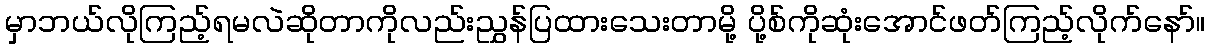
မှာဘယ်လိုကြည့်ရမလဲဆိုတာကိုလည်းညွှန်ပြထားသေးတာမို့ ပို့စ်ကိုဆုံးအောင်ဖတ်ကြည့်လိုက်နော်။